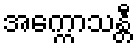
အက္ကောသန္တီ